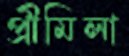
প্রীমিলা